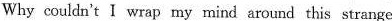
Why couldn't I wrap my mind around this ssrange